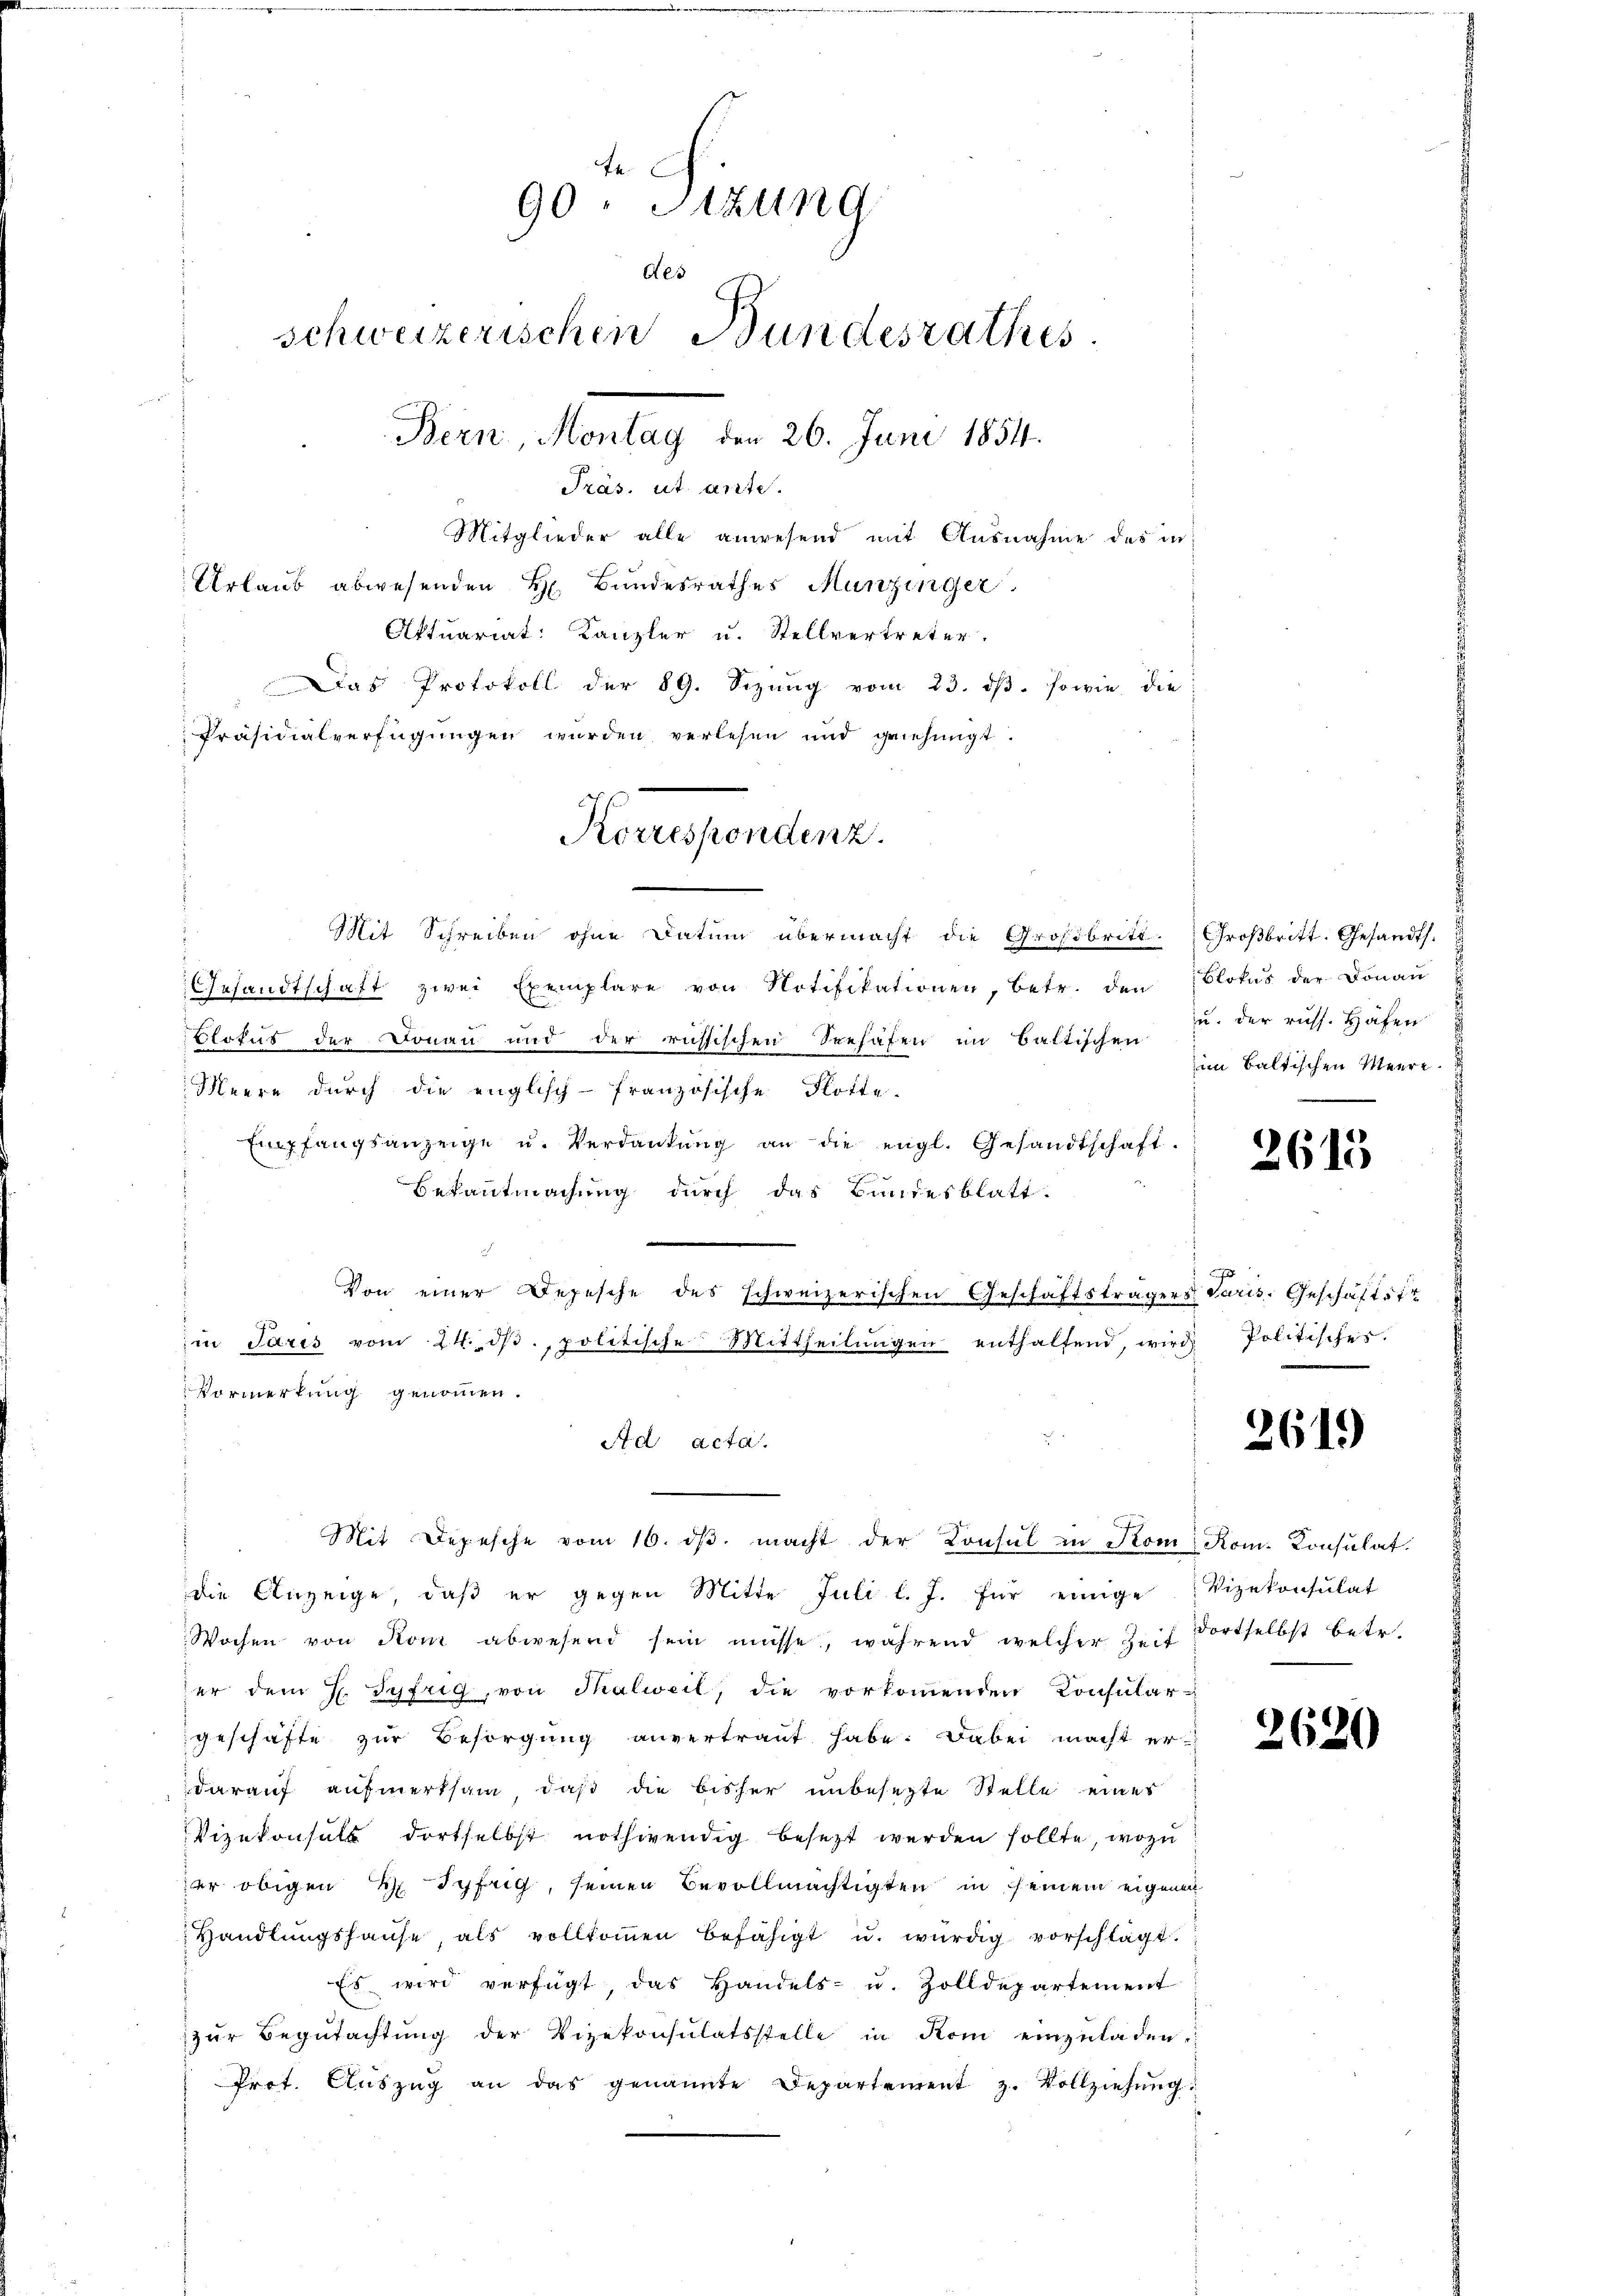
90. Sizung
d
schweizerischen Bundesrathes.
Bern, Montag den 26. Juni 1854.
Präs. ut ante.
Mitglieder alle anwesend mit Ausnahme des in
Urlaub abwesenden H. Bundesrathes Munzinger
Aktuariat: Kanzler u. Stellvertreter.
Das Protokoll der 89. Sizŭng vom 23. dβ. sowie die
Präsidialverfügungen wurden verlesen und genehmigt.

Mit Schreiben ohne Datum übermacht die Großbritt. Großbritt. Gesandts.
Gesandtschaft zwei Exemplare von Notifikationen, betr. den Blotus der Donau
Blotus der Donau und der russischen Seehafen im Baltischen im Baltischen Meere
Meere durch die englisch-französische Flotte.
Empfangsanzeige u. Verdankŭng an die engl. Gesandtschaft-
Bekanntmachung durch das Bundesblatt.
Von einer Depesche des schweizerischen Geschäftsträgers varis. Geschäftstr
iin Paris vom 24. dβ. politische Mittheilŭngen enthaltend, wird Politisches.
Vormerkung genommen.
Ad acta.
die Anzeige, daβ er gegen Mitte Juli l. J. für einige Vizekonsulat
Wochen von Rom abwesend sein müsse, während welcher Zeit dortselbst betr.
er dem H. Syfrig, von Thalweil, die vorkoṁenden Konsular-
geschäfte zur Besorgung anvertraut habe. Dabei macht erdarauf aufmerksam, daß die bisher unbesezte Stelle eines
Vizekonsuls dortselbst nothwendig besezt werden sollte, wozu
er obigen H. Syfrig, seinen Bevollmächtigten in seinem eigenen
Handlungshause als vollkommen befähigt u. würdig vorschlägt.
Es wird verfügt, das Handels- u. Zolldepartement
zŭr Begŭtachtŭng der Vizekonsulatsstelle in Rom einzŭladen.
Prot. Aŭszŭg an das genannte Departement z. Vollziehŭng

Korrespondenz.

Mit Depesche vom 16. dβ macht der Konsul in Stom Rom. Konsulat

u. der russ. Häfen

2613

.

2619

263

¬